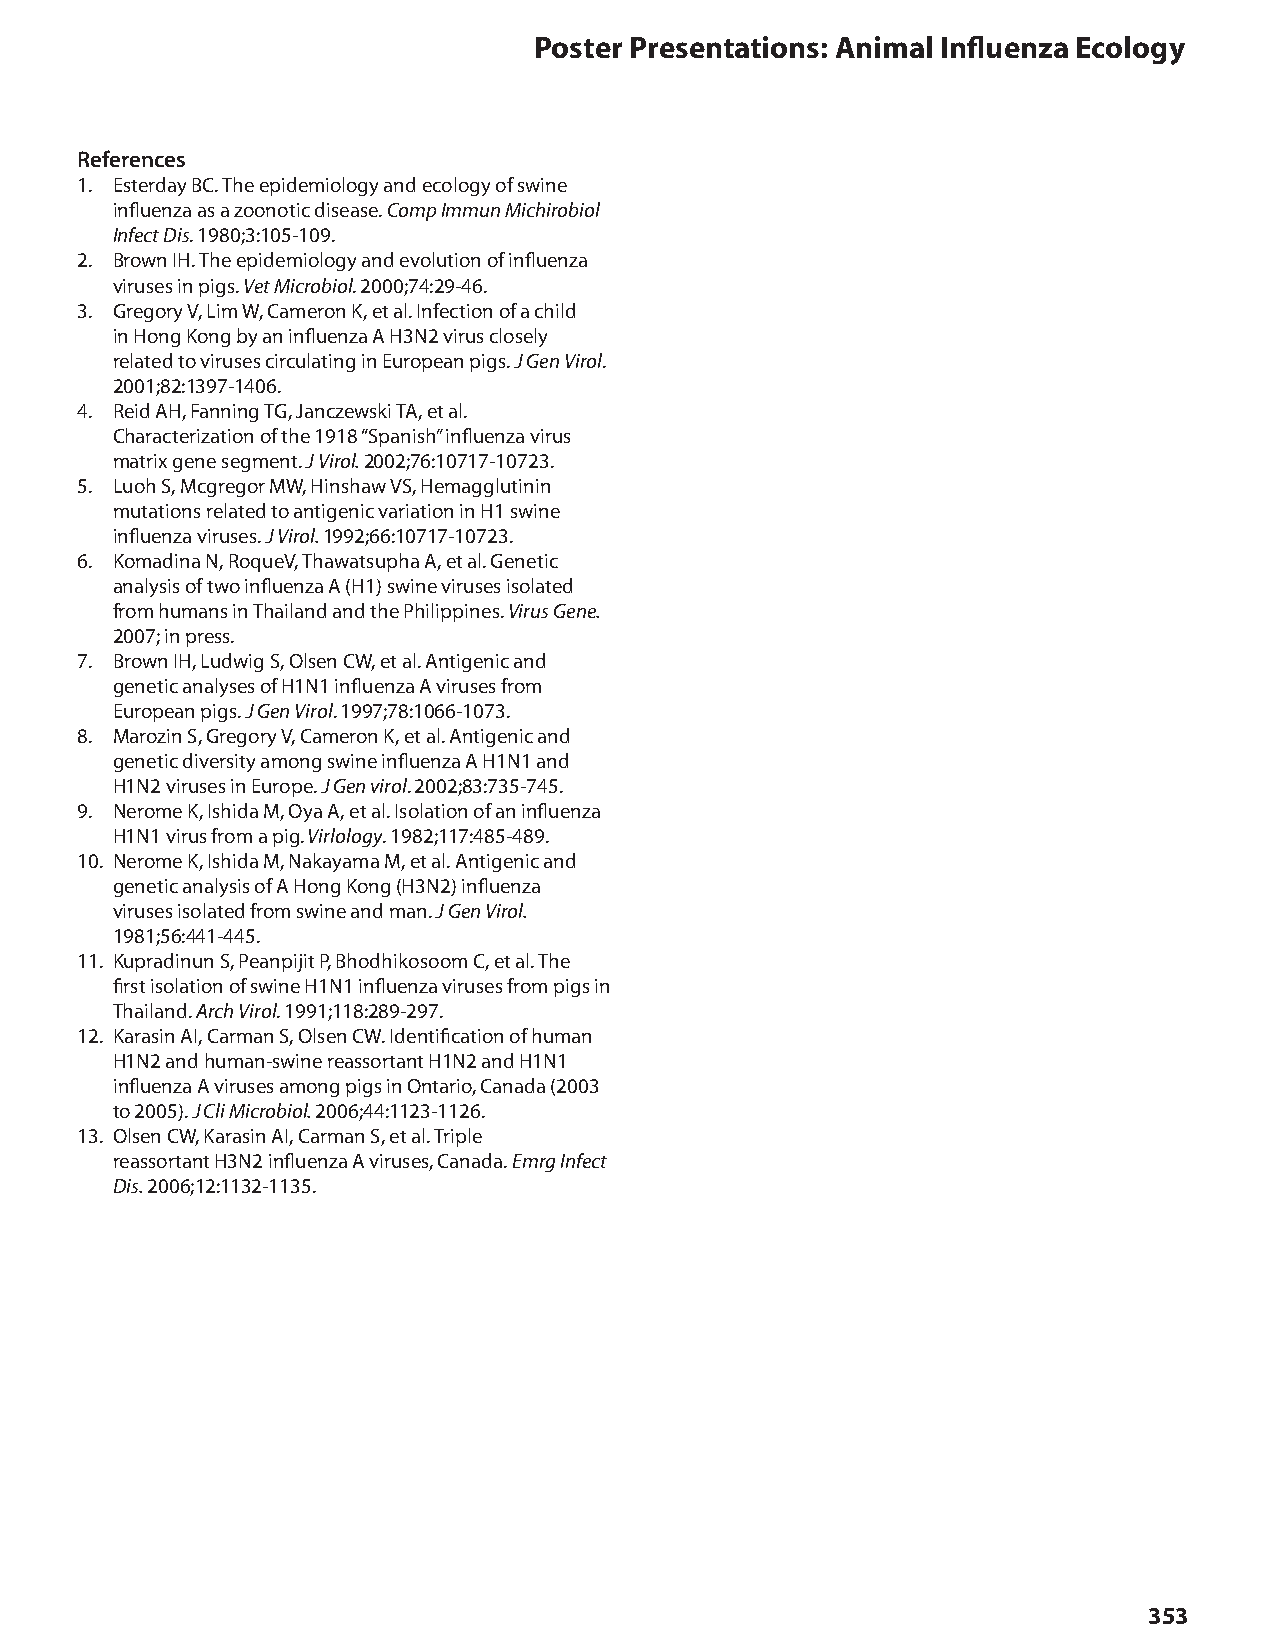
Poster Presentations: Animal Influenza Ecology
 References
 1. Esterday BC. The epidemiology and ecology of swine
 influenza as a zoonotic disease. Comp Immun Michirobiol
 Infect Dis. 1980;3:105-109.
 2. Brown IH. The epidemiology and evolution of influenza
 viruses in pigs. Vet Microbiol. 2000;74:29-46.
 3. Gregory V, Lim W, Cameron K, et al. Infection of a child
 in Hong Kong by an influenza A H3N2 virus closely
 related to viruses circulating in European pigs. J Gen Virol.
 2001;82:1397-1406.
 4. Reid AH, Fanning TG, Janczewski TA, et al.
 Characterization of the 1918 “Spanish” influenza virus
 matrix gene segment. J Virol. 2002;76:10717-10723.
 5. Luoh S, Mcgregor MW, Hinshaw VS, Hemagglutinin
 mutations related to antigenic variation in H1 swine
 influenza viruses. J Virol. 1992;66:10717-10723.
 6. Komadina N, RoqueV, Thawatsupha A, et al. Genetic
 analysis of two influenza A (H1) swine viruses isolated
 from humans in Thailand and the Philippines. Virus Gene.
 2007; in press.
 7. Brown IH, Ludwig S, Olsen CW, et al. Antigenic and
 genetic analyses of H1N1 influenza A viruses from
 European pigs. J Gen Virol. 1997;78:1066-1073.
 8. Marozin S, Gregory V, Cameron K, et al. Antigenic and
 genetic diversity among swine influenza A H1N1 and
 H1N2 viruses in Europe. J Gen virol. 2002;83:735-745.
 9. Nerome K, Ishida M, Oya A, et al. Isolation of an influenza
 H1N1 virus from a pig. Virlology. 1982;117:485-489.
 10. Nerome K, Ishida M, Nakayama M, et al. Antigenic and
 genetic analysis of A Hong Kong (H3N2) influenza
 viruses isolated from swine and man. J Gen Virol.
 1981;56:441-445.
 11. Kupradinun S, Peanpijit P, Bhodhikosoom C, et al. The
 first isolation of swine H1N1 influenza viruses from pigs in
 Thailand. Arch Virol. 1991;118:289-297.
 12. Karasin AI, Carman S, Olsen CW. Identification of human
 H1N2 and human-swine reassortant H1N2 and H1N1
 influenza A viruses among pigs in Ontario, Canada (2003
 to 2005). J Cli Microbiol. 2006;44:1123-1126.
 13. Olsen CW, Karasin AI, Carman S, et al. Triple
 reassortant H3N2 influenza A viruses, Canada. Emrg Infect
 Dis. 2006;12:1132-1135.
 353